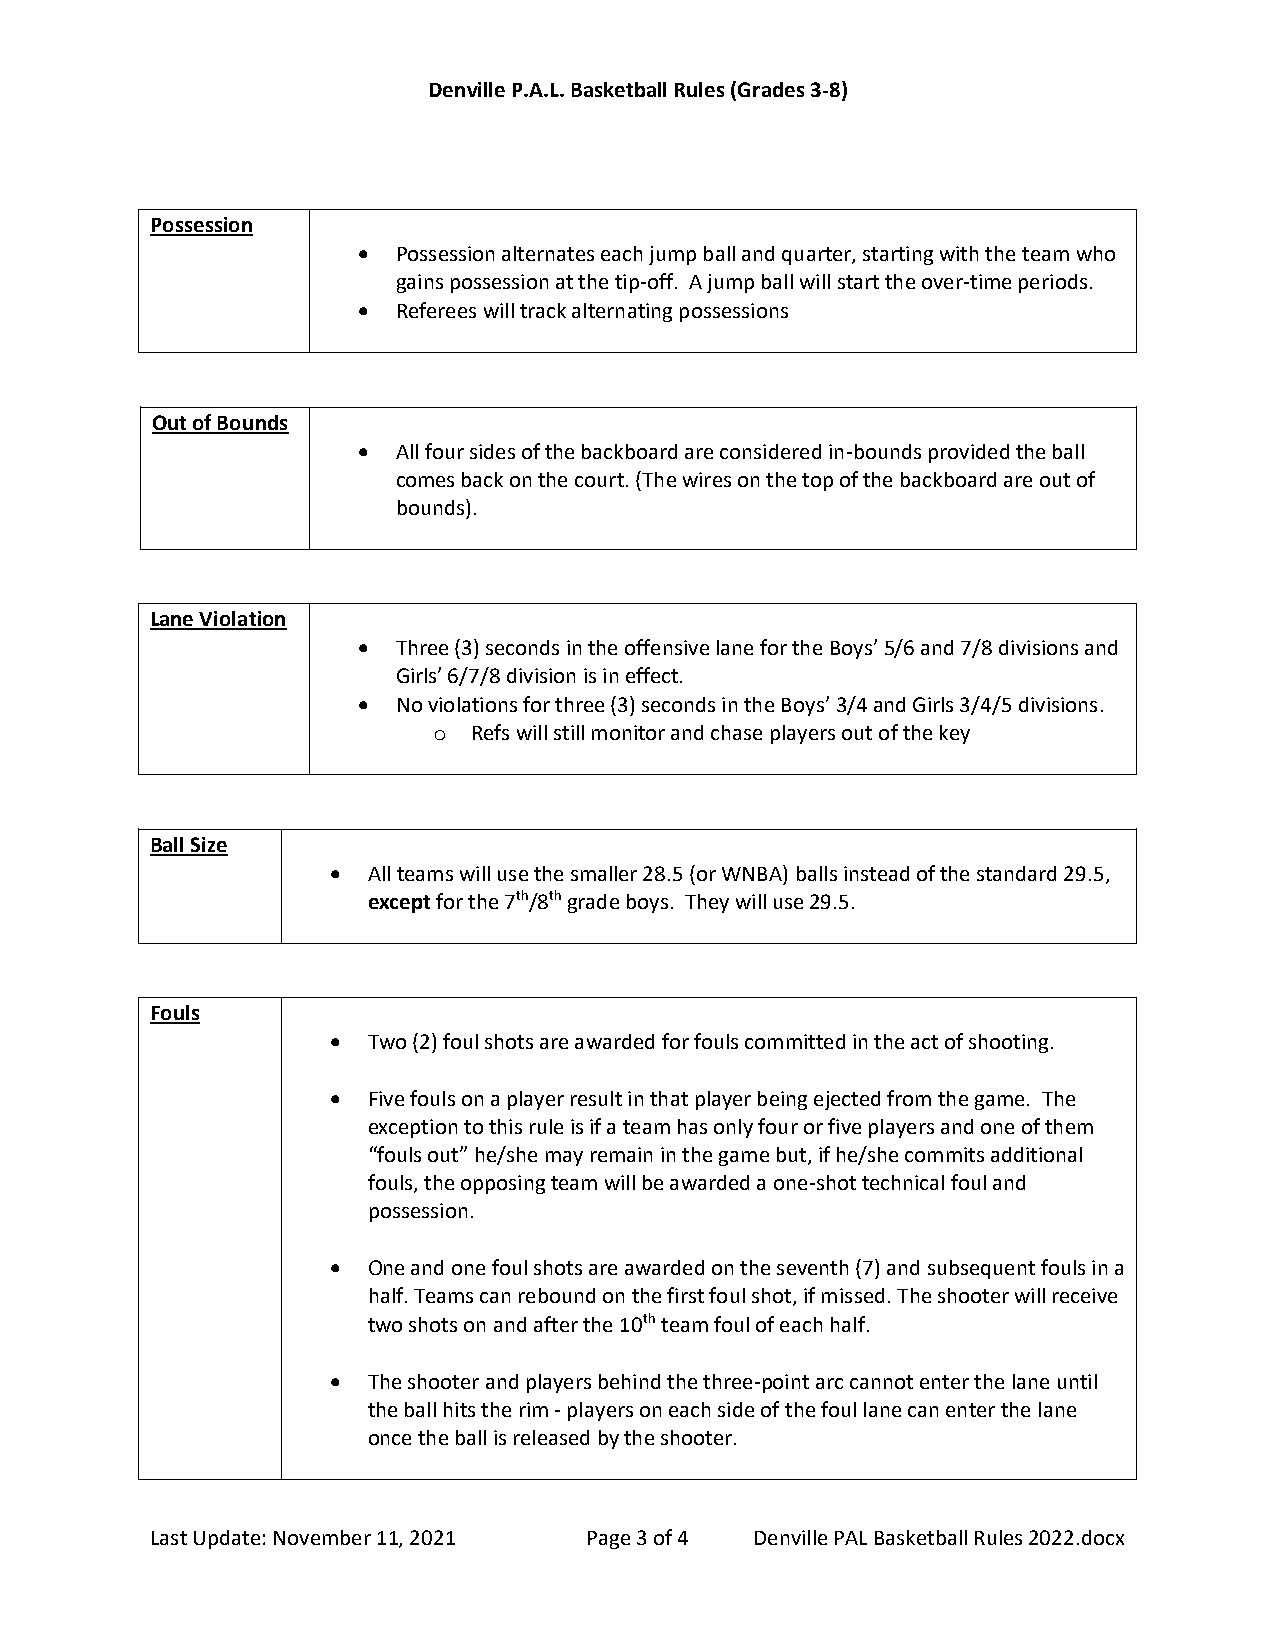
Denville P.A.L. Basketball Rules (Grades 3-8)
 Possession
 • Possession alternates each jump ball and quarter, starting with the team who
 gains possession at the tip-off. A jump ball will start the over-time periods.
 • Referees will track alternating possessions
 Out of Bounds
 • All four sides of the backboard are considered in-bounds provided the ball
 comes back on the court. (The wires on the top of the backboard are out of
 bounds).
 Lane Violation
 • Three (3) seconds in the offensive lane for the Boys’ 5/6 and 7/8 divisions and
 Girls’ 6/7/8 division is in effect.
 • No violations for three (3) seconds in the Boys’ 3/4 and Girls 3/4/5 divisions.
 o Refs will still monitor and chase players out of the key
 Ball Size
 • All teams will use the smaller 28.5 (or WNBA) balls instead of the standard 29.5,
 except for the 7th/8th grade boys. They will use 29.5.
 Fouls
 • Two (2) foul shots are awarded for fouls committed in the act of shooting.
 • Five fouls on a player result in that player being ejected from the game. The
 exception to this rule is if a team has only four or five players and one of them
 “fouls out” he/she may remain in the game but, if he/she commits additional
 fouls, the opposing team will be awarded a one-shot technical foul and
 possession.
 • One and one foul shots are awarded on the seventh (7) and subsequent fouls in a
 half. Teams can rebound on the first foul shot, if missed. The shooter will receive
 two shots on and after the 10th team foul of each half.
 • The shooter and players behind the three-point arc cannot enter the lane until
 the ball hits the rim - players on each side of the foul lane can enter the lane
 once the ball is released by the shooter.
 Last Update: November 11, 2021 Page 3 of 4 Denville PAL Basketball Rules 2022.docx